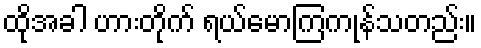
ထိုအခါ ဟားတိုက် ရယ်မောကြကုန်သတည်း။